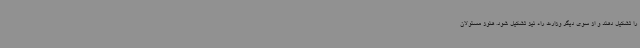
را تشکیل دهند و از سوی دیگر وزارت راه نیز تشکیل شود. هنوز مسئولان